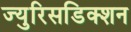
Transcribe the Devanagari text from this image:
ज्युरिसडिक्शन